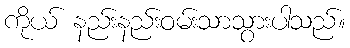
ကိုယ် နည်းနည်းဝမ်းသာသွားပါသည်။